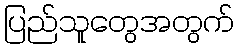
ပြည်သူတွေအတွက်